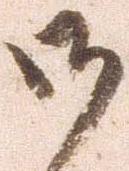
御